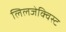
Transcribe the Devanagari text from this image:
लिलजेक्विस्ट